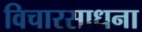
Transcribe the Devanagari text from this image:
विचारसाधना